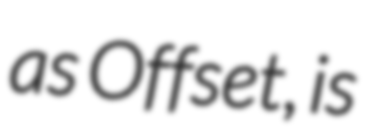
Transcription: as Offset, is